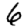
Digit: 6